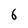
Character: 6